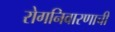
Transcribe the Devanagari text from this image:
रोगनिवारणाची